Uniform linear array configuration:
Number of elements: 32
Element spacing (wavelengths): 0.75
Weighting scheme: blackman
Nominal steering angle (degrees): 45
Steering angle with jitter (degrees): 44.927
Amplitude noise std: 0.05
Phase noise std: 0.05

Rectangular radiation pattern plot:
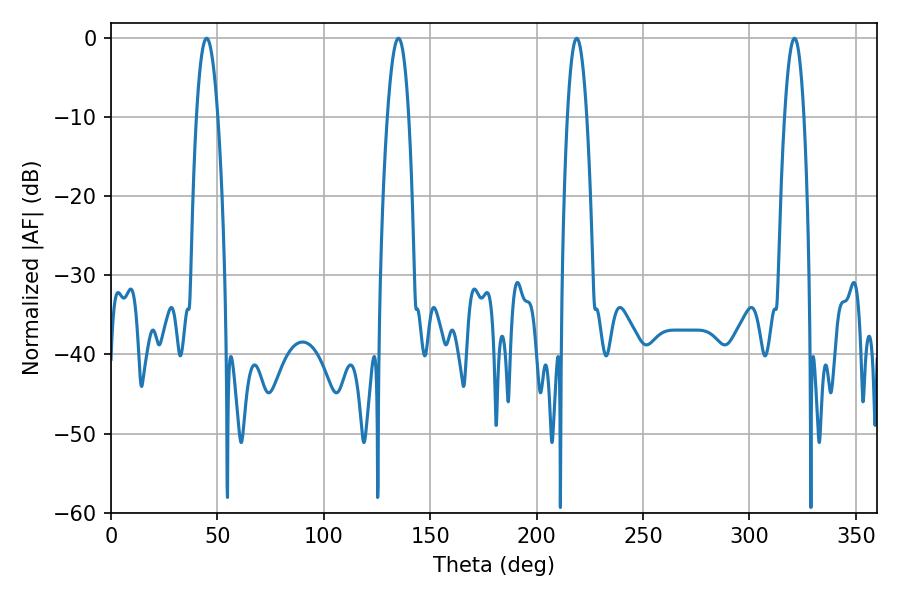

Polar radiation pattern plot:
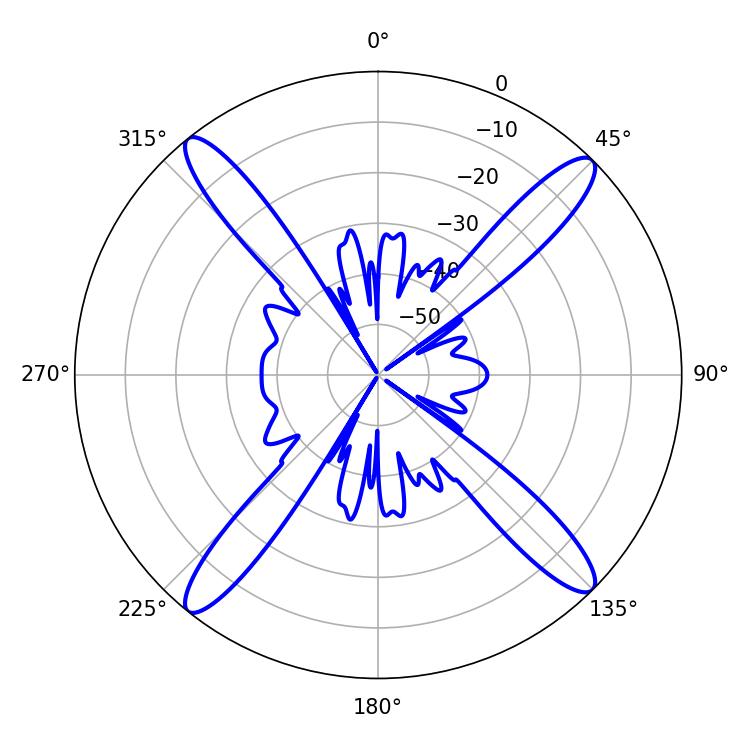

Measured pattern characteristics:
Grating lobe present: TRUE
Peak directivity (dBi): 18.465
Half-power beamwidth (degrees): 5.04
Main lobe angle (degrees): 321.12